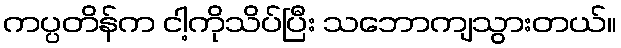
ကပ္ပတိန်က ငါ့ကိုသိပ်ပြီး သဘောကျသွားတယ်။